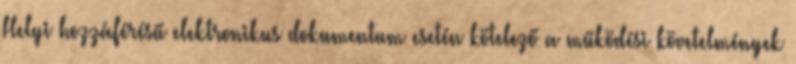
Helyi hozzáférésű elektronikus dokumentum esetén kötelező a működési követelmények